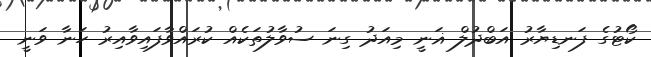
ކޯޓުގެ ފަނޑިޔާރު އަބްދުލް ޣަނީ މިއަދު ގިނަ ސުވާލުތަކެއް ކުރައްވާފައިވާއިރު ހަނާ ވަނީ